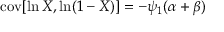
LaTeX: \operatorname { c o v } [ \ln X , \ln ( 1 - X ) ] = - \psi _ { 1 } ( \alpha + \beta )